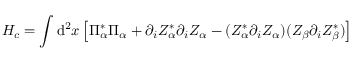
H _ { c } = \int \mathrm { d } ^ { 2 } x \left[ \Pi _ { \alpha } ^ { * } \Pi _ { \alpha } + \partial _ { i } Z _ { \alpha } ^ { * } \partial _ { i } Z _ { \alpha } - ( Z _ { \alpha } ^ { * } \partial _ { i } Z _ { \alpha } ) ( Z _ { \beta } \partial _ { i } Z _ { \beta } ^ { * } ) \right]